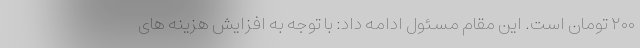
۲۰۰ تومان است. این مقام مسئول ادامه داد: با توجه به افزایش هزینه های